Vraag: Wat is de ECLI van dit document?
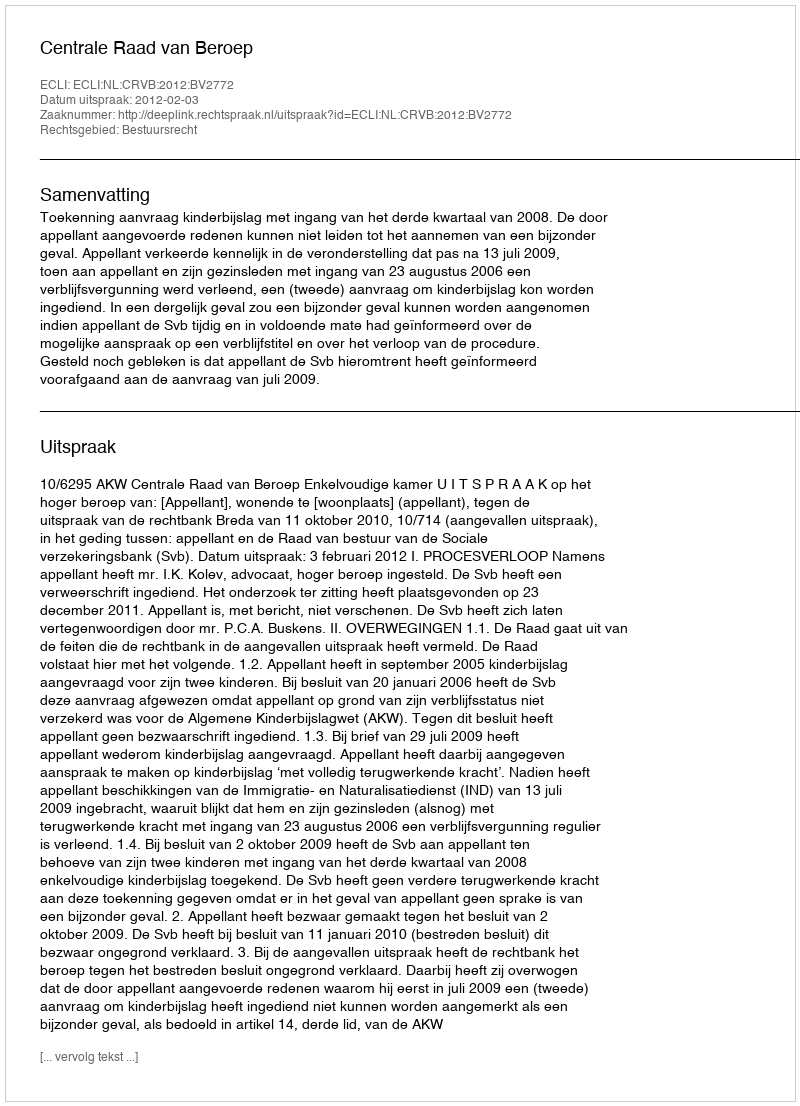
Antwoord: ECLI:NL:CRVB:2012:BV2772